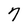
Character: 7